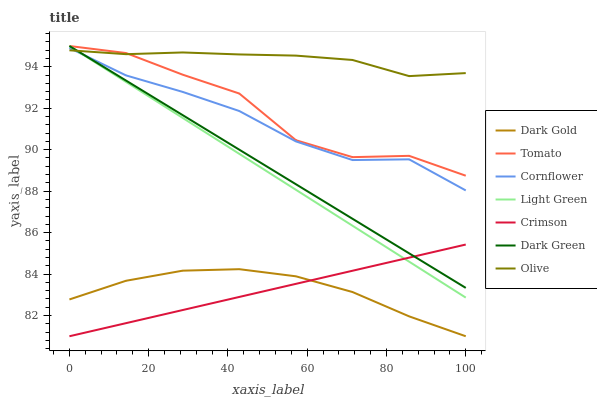
| xaxis_label | Dark Gold | Tomato | Cornflower | Light Green | Crimson | Dark Green | Olive |
 | --- | --- | --- | --- | --- | --- | --- | --- |
 | 0 | 82.8 | 95 | 94.9 | 95 | 81 | 95 | 94.8 |
 | 14.3 | 83.7 | 94.7 | 93.6 | 93.3 | 81.6 | 93.3 | 94.6 |
 | 28.6 | 84.2 | 93.6 | 92.8 | 91.5 | 82.3 | 91.7 | 94.7 |
 | 42.9 | 84.2 | 92.7 | 91.9 | 89.8 | 82.9 | 90 | 94.6 |
 | 57.1 | 83.9 | 90.5 | 90.4 | 88.1 | 83.5 | 88.3 | 94.5 |
 | 71.4 | 83.1 | 89.6 | 89.5 | 86.3 | 84.2 | 86.7 | 94.3 |
 | 85.7 | 82 | 89.7 | 89.5 | 84.6 | 84.8 | 85 | 93.5 |
 | 100 | 81 | 88.7 | 88 | 82.9 | 85.4 | 83.3 | 93.7 |